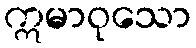
ဣမာဝုသော